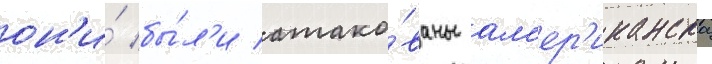
он'и́ бы́л'и атако́ваны ам'ер'иканскои